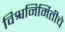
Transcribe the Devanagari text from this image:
विश्वनिर्मितीचे